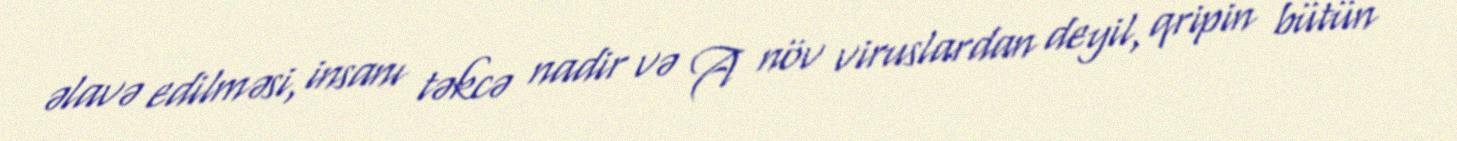
əlavə edilməsi, insanı təkcə nadir və A növ viruslardan deyil, qripin bütün